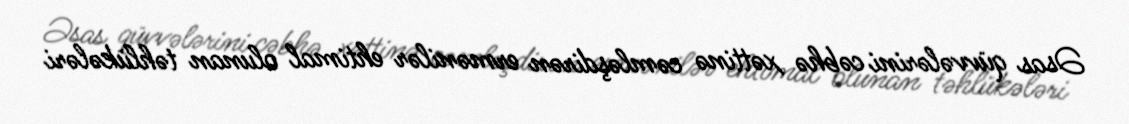
Əsas qüvvələrini cəbhə xəttinə cəmləşdirən ermənilər ehtimal olunan təhlükələri